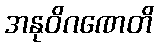
အနုဝိဂဏေတိ